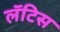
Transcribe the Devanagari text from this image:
लॅटिस